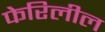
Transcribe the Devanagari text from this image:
फेरिलील